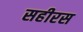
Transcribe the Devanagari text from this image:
सहीरस